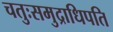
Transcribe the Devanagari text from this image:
चतुःसमुद्राधिपति